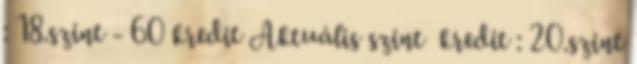
: 18.szint - 60 kredit Aktuális szint kredit : 20.szint